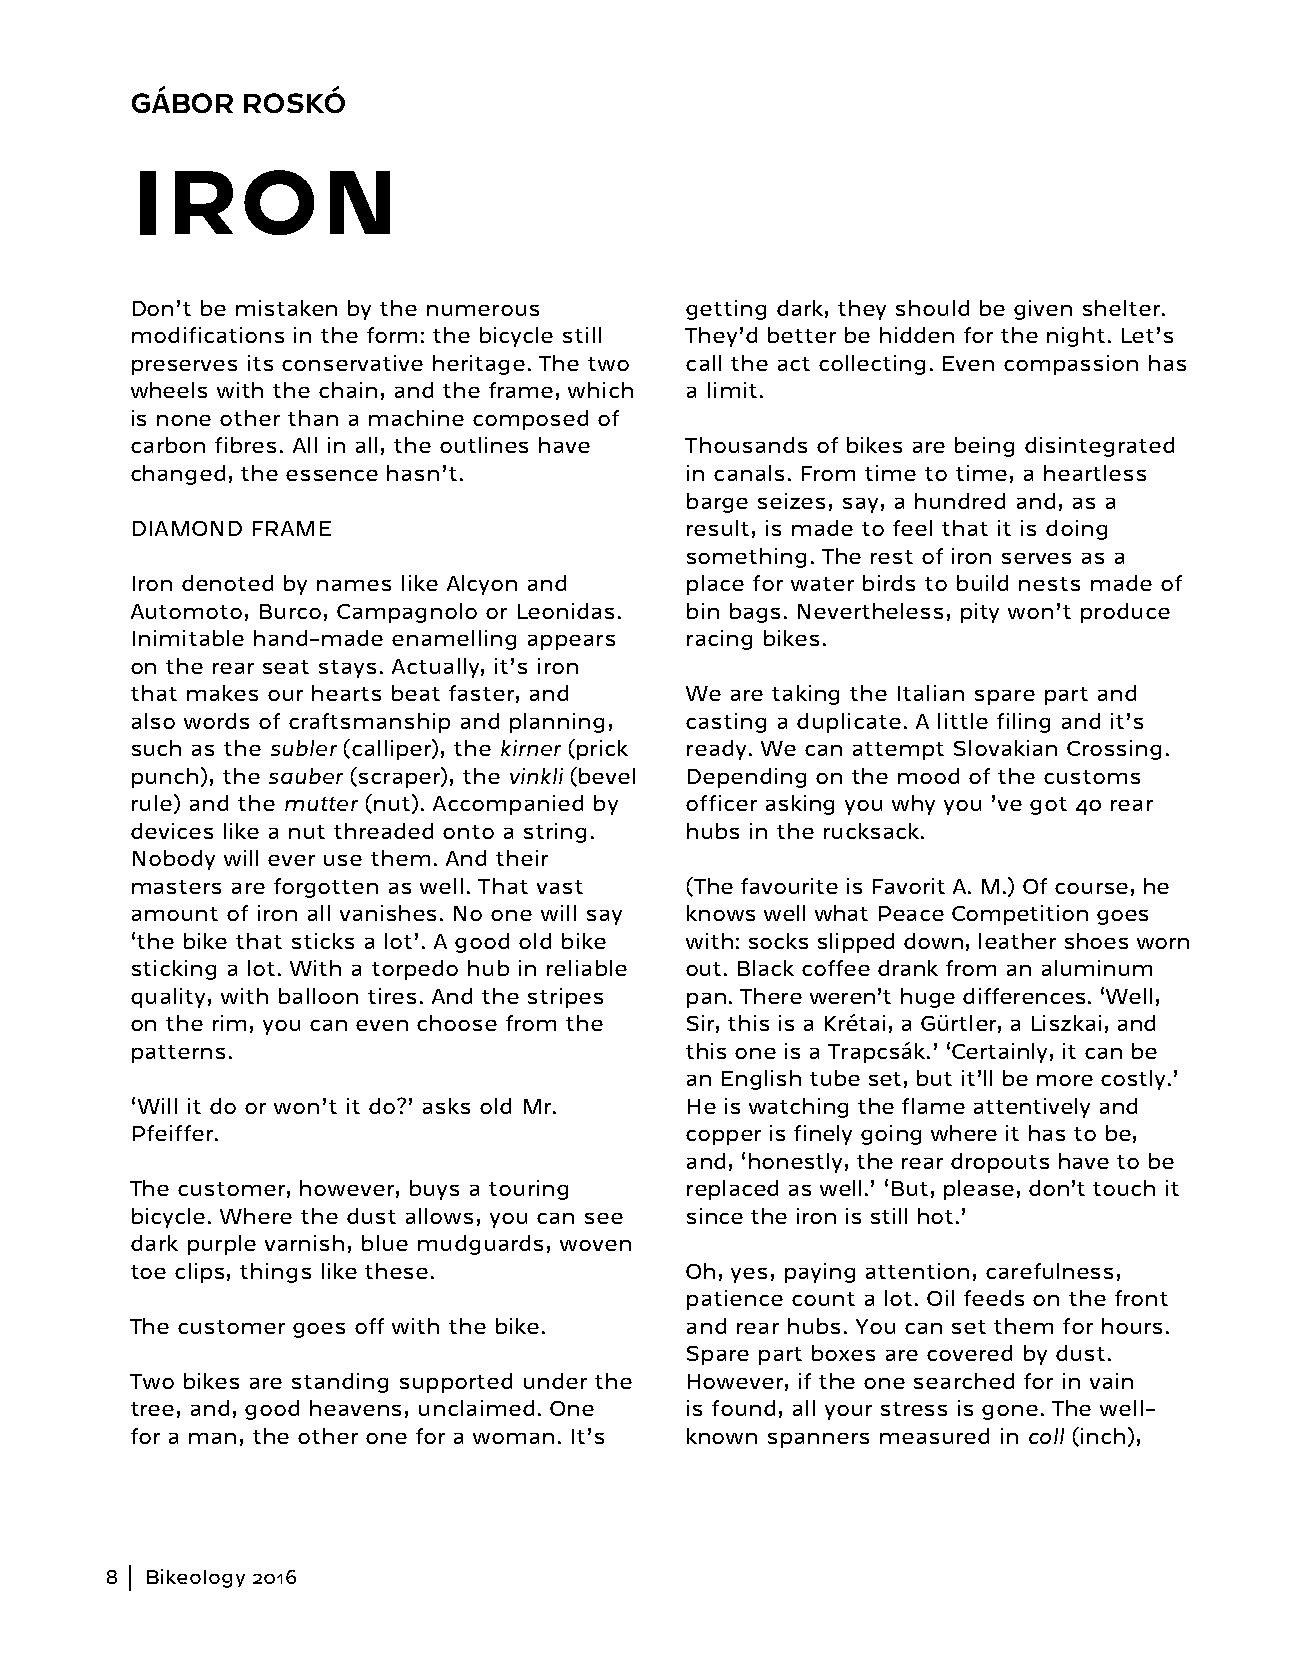
GÁBOR  ROSKÓ
 IRON
 Don’t be mistaken by the numerous   getting dark, they should be given shelter.
 modifications in the form: the bicycle still They’d better be hidden for the night. Let’s
 preserves its conservative heritage. The two call the act collecting. Even compassion has
 wheels with the chain, and the frame, which a limit.
 is none other than a machine composed of
 carbon fibres. All in all, the outlines have Thousands of bikes are being disintegrated
 changed, the essence hasn’t.        in canals. From time to time, a heartless
 barge seizes, say, a hundred and, as a
 DIAMOND FRAME                       result, is made to feel that it is doing
 something. The rest of iron serves as a
 Iron denoted by names like Alcyon and place for water birds to build nests made of
 Automoto, Burco, Campagnolo or Leonidas. bin bags. Nevertheless, pity won’t produce
 Inimitable hand-made enamelling appears racing bikes.
 on the rear seat stays. Actually, it’s iron
 that makes our hearts beat faster, and We are taking the Italian spare part and
 also words of craftsmanship and planning, casting a duplicate. A little filing and it’s
 such as the subler (calliper), the kirner (prick ready. We can attempt Slovakian Crossing.
 punch), the sauber (scraper), the vinkli (bevel Depending on the mood of the customs
 rule) and the mutter (nut). Accompanied by officer asking you why you ’ve got 40 rear
 devices like a nut threaded onto a string. hubs in the rucksack.
 Nobody will ever use them. And their
 masters are forgotten as well. That vast (The favourite is Favorit A. M.) Of course, he
 amount of iron all vanishes. No one will say knows well what Peace Competition goes
 ‘the bike that sticks a lot’. A good old bike with: socks slipped down, leather shoes worn
 sticking a lot. With a torpedo hub in reliable out. Black coffee drank from an aluminum
 quality, with balloon tires. And the stripes pan. There weren’t huge differences. ‘Well,
 on the rim, you can even choose from the Sir, this is a Krétai, a Gürtler, a Liszkai, and
 patterns.                           this one is a Trapcsák.’ ‘Certainly, it can be
 an English tube set, but it’ll be more costly.’
 ‘Will it do or won’t it do?’ asks old Mr. He is watching the flame attentively and
 Pfeiffer.                           copper is finely going where it has to be,
 and, ‘honestly, the rear dropouts have to be
 The customer, however, buys a touring replaced as well.’ ‘But, please, don’t touch it
 bicycle. Where the dust allows, you can see since the iron is still hot.’
 dark purple varnish, blue mudguards, woven
 toe clips, things like these.       Oh, yes, paying attention, carefulness,
 patience count a lot. Oil feeds on the front
 The customer goes off with the bike. and rear hubs. You can set them for hours.
 Spare part boxes are covered by dust.
 Two bikes are standing supported under the However, if the one searched for in vain
 tree, and, good heavens, unclaimed. One is found, all your stress is gone. The well-
 for a man, the other one for a woman. It’s known spanners measured in coll (inch),
 8  Bikeology 2016